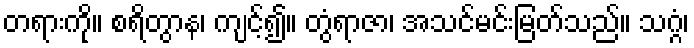
တရားကို။ စရိတွာန၊ ကျင့်၍။ တွံရာဇာ၊ အသင်မင်းမြတ်သည်။ သဂ္ဂံ၊